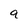
Character: 9